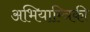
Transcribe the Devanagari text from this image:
अभियाम्त्रिकी